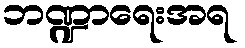
ဘဏ္ဍာရေးအရ